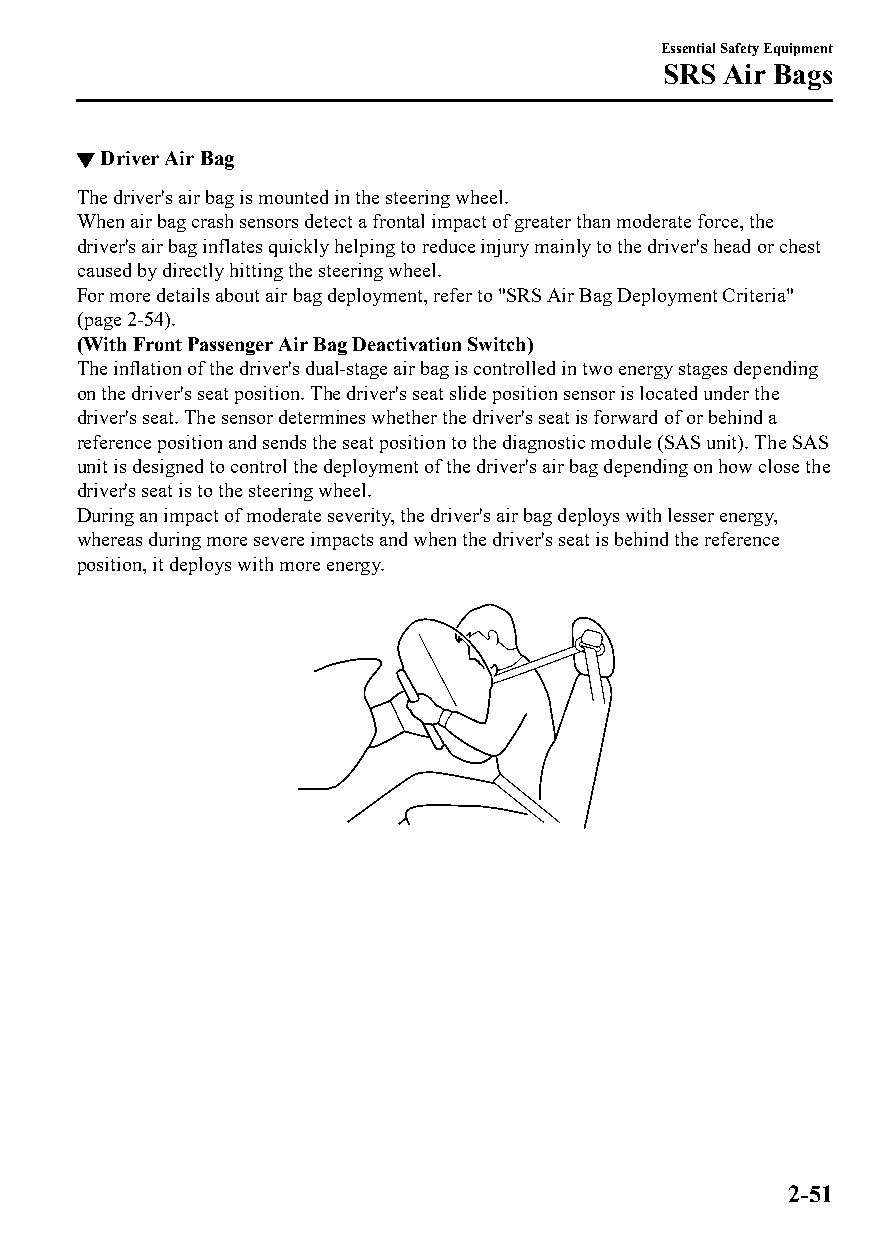
Essential Safety Equipment
 SRS Air Bags
 ▼Driver Air Bag
 The driver's air bag is mounted in the steering wheel.
 When air bag crash sensors detect a frontal impact of greater than moderate force, the
 driver's air bag inflates quickly helping to reduce injury mainly to the driver's head or chest
 caused by directly hitting the steering wheel.
 For more details about air bag deployment, refer to "SRS Air Bag Deployment Criteria"
 (page 2-54).
 (With Front Passenger Air Bag Deactivation Switch)
 The inflation of the driver's dual-stage air bag is controlled in two energy stages depending
 on the driver's seat position. The driver's seat slide position sensor is located under the
 driver's seat. The sensor determines whether the driver's seat is forward of or behind a
 reference position and sends the seat position to the diagnostic module (SAS unit). The SAS
 unit is designed to control the deployment of the driver's air bag depending on how close the
 driver's seat is to the steering wheel.
 During an impact of moderate severity, the driver's air bag deploys with lesser energy,
 whereas during more severe impacts and when the driver's seat is behind the reference
 position, it deploys with more energy.
 2-51
 CX-3_8GT4-EE-18D_Edition4                  2018-9-6 18:32:19